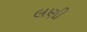
લણી